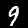
Label: 9